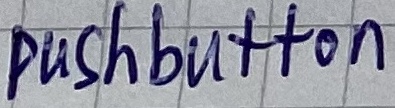
Text: pushbutton